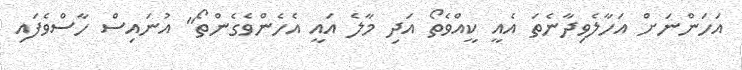
އަހަންނަށް އަހާލެވިދާނެތަ އެއީ ކީއްވެތޯ އަދި މާލެ އައީ އެހެންވެގެންތޯ" އުނައިސް ހާސްވެފައި